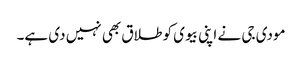
مودی جی نے اپنی بیوی کو طلاق بھی نہیں دی ہے۔